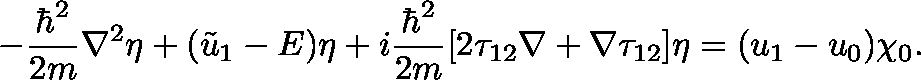
- { \frac { \hbar ^ { 2 } } { 2 m } } \nabla ^ { 2 } \eta + ( { \tilde { u } } _ { 1 } - E ) \eta + i { \frac { \hbar ^ { 2 } } { 2 m } } [ 2 \mathbf { \tau } _ { 1 2 } \nabla + \nabla \mathbf { \tau } _ { 1 2 } ] \eta = ( u _ { 1 } - u _ { 0 } ) \chi _ { 0 } .